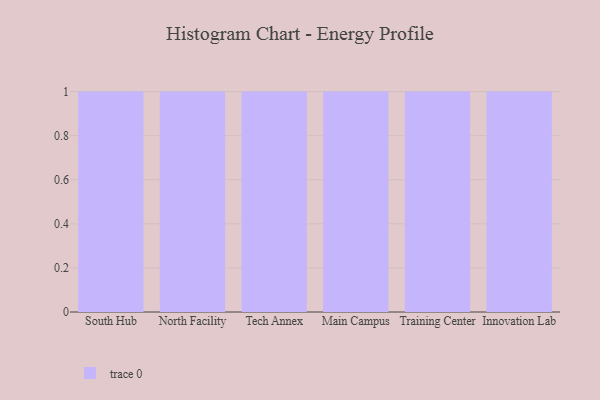
{"axis": {"x": "Campus", "y": "Backlog"}, "legend": [""], "data": [{"x": "South Hub", "y": 23, "type": ""}, {"x": "North Facility", "y": 96, "type": ""}, {"x": "Tech Annex", "y": 82, "type": ""}, {"x": "Main Campus", "y": 52, "type": ""}, {"x": "Training Center", "y": 40, "type": ""}, {"x": "Innovation Lab", "y": 9, "type": ""}]}